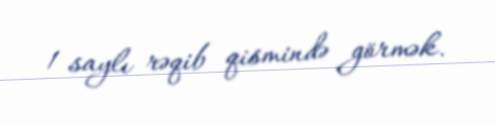
1 saylı rəqib qismində görmək.